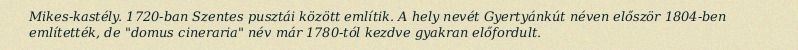
Mikes-kastély. 1720-ban Szentes pusztái között említik. A hely nevét Gyertyánkút néven először 1804-ben említették, de "domus cineraria" név már 1780-tól kezdve gyakran előfordult.